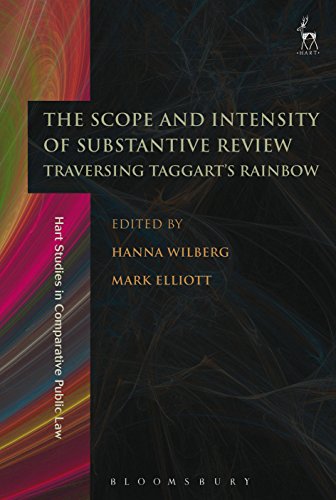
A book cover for The Scope and Intensity of Substantive Review: Traversing Taggart's Rainbow (Hart Studies in Comparative Public Law); Law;